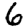
Digit: 6